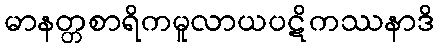
မာနတ္တစာရိကမူလာယပဋိကဿနာဒိ